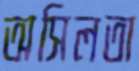
অসিলতা